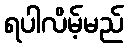
ရပါလိမ့်မည်